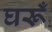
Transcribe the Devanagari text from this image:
घरूँ